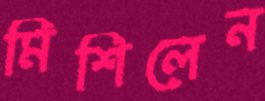
মিশিলেন